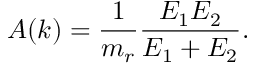
A ( k ) = \frac { 1 } { m _ { r } } \frac { E _ { 1 } E _ { 2 } } { E _ { 1 } + E _ { 2 } } .